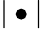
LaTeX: |\bullet|